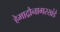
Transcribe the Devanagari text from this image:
हेमाद्रौनागरखंडे